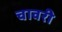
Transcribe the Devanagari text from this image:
चावरी